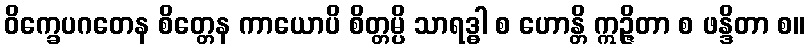
ဝိက္ခေပဂတေန စိတ္တေန ကာယောပိ စိတ္တမ္ပိ သာရဒ္ဓါ စ ဟောန္တိ ဣဉ္ဇိတာ စ ဖန္ဒိတာ စ။